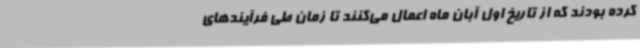
کرده بودند که از تاریخ اول آبان ماه اعمال می‌کنند تا زمان طی فرآیندهای